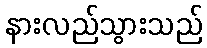
နားလည်သွားသည်